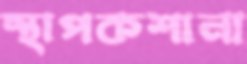
স্থাপকশানা